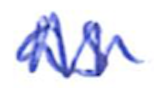
Text: as
Cross-out: zig-zag
Writing tool: ballpoint